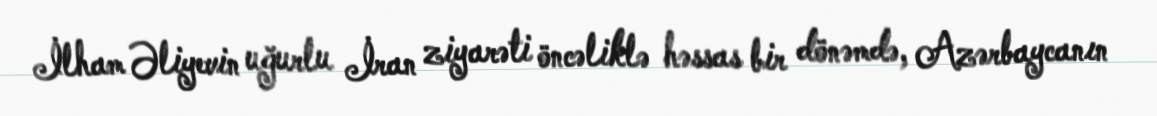
İlham Əliyevin uğurlu İran ziyarəti öncəliklə həssas bir dönəmdə, Azərbaycanın